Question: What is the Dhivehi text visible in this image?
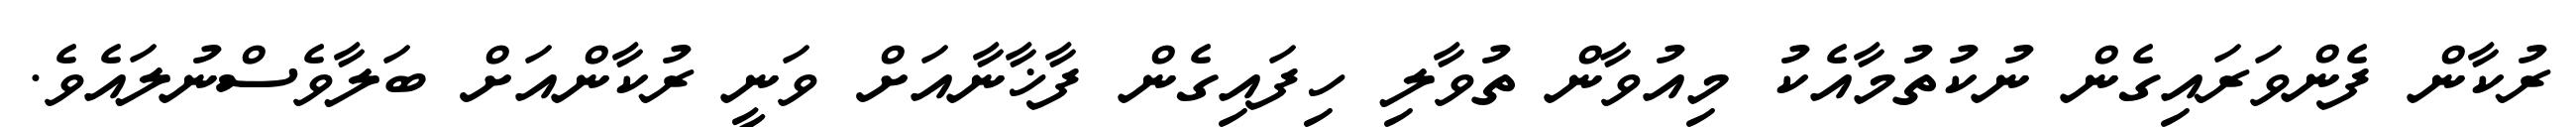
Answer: ރުކާން ފެންވަރައިގެން ނުކުތުމާއެކު މިއުވާން ތުވާލި ހިފައިގެން ފާޚާނާއަށް ވަނީ ރުކާންއަށް ބަލާވެސްނުލައެވެ.